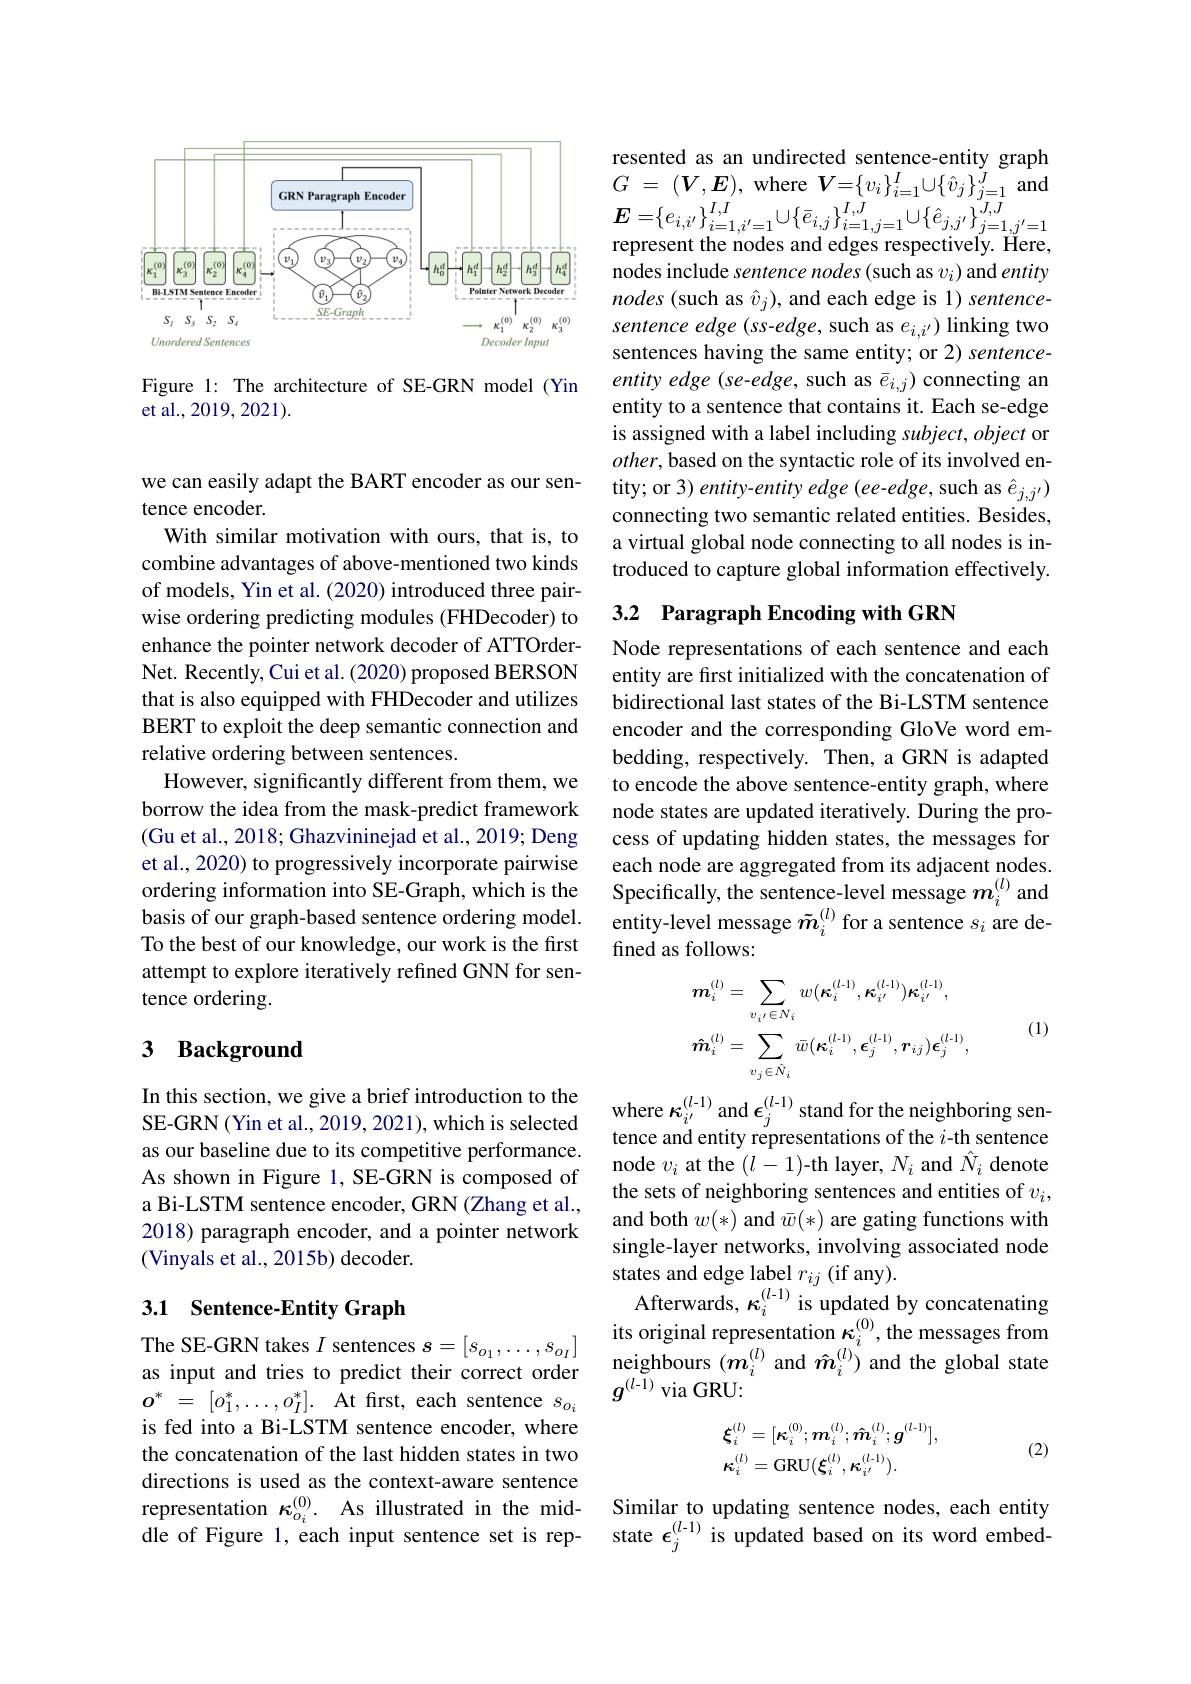
<FigureHere>

Figure 1: The architecture of SE-GRN model (Yin
et al., 2019, 2021).

we can easily adapt the BART encoder as our sen-
tence encoder.
With similar motivation with ours, that is, to combine advantages of above-mentioned two kinds of models, Yin et al. (2020) introduced three pairwise ordering predicting modules (FHDecoder) to enhance the pointer network decoder of ATTOrderNet. Recently, Cui et al. (2020) proposed BERSON that is also equipped with FHDecoder and utilizes BERT to exploit the deep semantic connection and relative ordering between sentences.
However, significantly different from them, we borrow the idea from the mask-predict framework (Gu et al., 2018; Ghazvininejad et al., 2019; Deng et al., 2020) to progressively incorporate pairwise ordering information into SE-Graph, which is the basis of our graph-based sentence ordering model. To the best of our knowledge, our work is the first attempt to explore iteratively refined GNN for sentence ordering.

# 3 Background

In this section, we give a brief introduction to the where $\kappa_{i^{\prime}}^{(l-1)}$ and $\epsilon_j^{(l-1)}$ stand for the neighboring sen-
as our baseline due to its competitive performance. As shown in Figure 1, SE-GRN is composed of a Bi-LSTM sentence encoder, GRN (Zhang et al., 2018) paragraph encoder, and a pointer network (Vinyals et al., 2015b) decoder.

## 3.1 Sentence-Entity Graph

as input and tries to predict their correct order $o^*~=~[o_1^*,\ldots,o_I^*].~$At first, each sentence $s_o_i$ is fed into a Bi-LSTM sentence encoder, where the concatenation of the last hidden states in two directions is used as the context-aware sentence representation $\kappa_{o_i}^{(0)}.$ As illustrated in the mid- Similar to updating sentence nodes, each entity dle of Figure 1, each input sentence set is rep- state $\epsilon_j^{(l-1)}$ is updated based on its word embed-

resented as an undirected sentence-entity graph

$G$ = $( V, E) $,where$\boldsymbol{V}=\{v_{i}\}_{i=1}^{I}\cup\{\hat{v}_{j}\}_{j=1}^{J}$and $\boldsymbol{E}=\{e_{i,i^{\prime}}\}_{i=1,i^{\prime}=1}^{I,I}\cup\{\bar{e}_{i,j}\}_{i=1,j=1}^{I,J}\cup\{\hat{e}_{j,j^{\prime}}\}_{j=1,j^{\prime}=1}^{J,J}$ represent the nodes and edges respectively. Here, nodes include sentence nodes (such as $v_i)$ and entity nodes (such as $\hat{v}_j)$, and each edge is 1) sentencesentence edge (ss-edge, such as $e_i,i^{\prime})$ linking two sentences having the same entity; or 2) sentenceentity edge (se-edge, such as $\bar{e}_{i,j})$ connecting an entity to a sentence that contains it. Each se-edge is assigned with a label including subject, object or $other$,based on the syntactic role of its involved entity; or 3) entity- entity edge (ee- edge, such as $\hat{e}_{j,j^{\prime}})$ connecting two semantic related entities. Besides, a virtual global node connecting to all nodes is introduced to capture global information effectively.

## 3.2 Paragraph Encoding with GRN

Node representations of each sentence and each entity are first initialized with the concatenation of bidirectional last states of the Bi-LSTM sentence encoder and the corresponding GloVe word embedding, respectively. Then, a GRN is adapted to encode the above sentence-entity graph, where node states are updated iteratively. During the process of updating hidden states, the messages for each node are aggregated from its adjacent nodes. Specifically, the sentence-level message $m_i^{(l)}$ and entity-level message $\tilde{m}_i^{(l)}$ for a sentence $s_i$ are defined as follows:
$$\begin{aligned}&\boldsymbol{m}_{i}^{(l)}=\sum_{v_{i^{\prime}}\in N_{i}}w(\kappa_{i}^{(l-1)},\kappa_{i^{\prime}}^{(l-1)})\kappa_{i^{\prime}}^{(l-1)},\\&\boldsymbol{\hat{m}}_{i}^{(l)}=\sum_{v_{j}\in\hat{N}_{i}}\bar{w}(\kappa_{i}^{(l-1)},\epsilon_{j}^{(l-1)},r_{ij})\epsilon_{j}^{(l-1)},\end{aligned}$$
(1)

tence and entity representations of the $i$-th sentence node $v_i$ at the $(l-1)$-th layer, $N_i$ and $\hat{N}_i$ denote the sets of neighboring sentences and entities of $v_i$, and both $w(*)$ and $\bar{w}(*)$ are gating functions with single-layer networks, involving associated node states and edge label $r_ij$ (if any).
Afterwards, $\kappa_i^{(l-1)}$ is updated by concatenating its original representation $\kappa_i^{(0)}$, the messages from
The SE-GRN takes $I$ sentences $s= [ s_{o_1}, \ldots , s_{o_I}]$  ifs orrginal representatton $\boldsymbol\kappa_i^\mathrm{o}$, the messages rrom as input and tries to predict their correct order $\begin{array}{ccc}\text{neighbours(}\boldsymbol{m}_i^{(l)}\mathrm{~and~}\hat{\boldsymbol{m}}_i^{(l)})\end{array}$ and the global state
$g^{(l-\bar{1})}$ via GRU:
$$\begin{aligned}&\xi_{i}^{(l)}=[\kappa_{i}^{(0)};\boldsymbol{m}_{i}^{(l)};\boldsymbol{\hat{m}}_{i}^{(l)};\boldsymbol{g}^{(l-1)}],\\&\kappa_{i}^{(l)}=\mathrm{GRU}(\xi_{i}^{(l)},\kappa_{i^{\prime}}^{(l-1)}).\end{aligned}$$
(2)